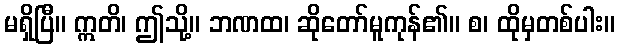
မရှိပြီ။ ဣတိ၊ ဤသို့။ ဘဏထ၊ ဆိုတော်မူကုန်၏။ စ၊ ထိုမှတစ်ပါး။